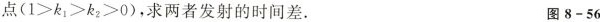
点($$1>k_{1}>k_{2}>0$$)，求两者发射的时间差。 图8-56